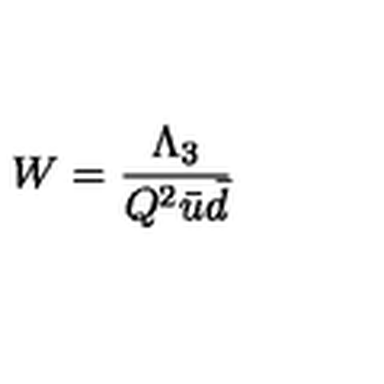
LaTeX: W = \frac { \Lambda _ { 3 } } { Q ^ { 2 } \bar { u } \bar { d } }